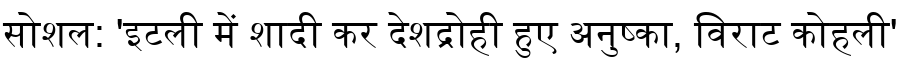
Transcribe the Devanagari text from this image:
सोशल: 'इटली में शादी कर देशद्रोही हुए अनुष्का, विराट कोहली'